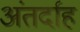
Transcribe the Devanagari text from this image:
अंतर्दाह